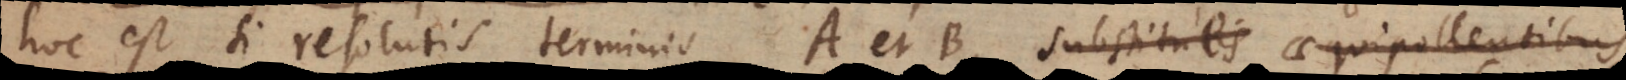
hoc est si resolutis terminis A et B substitutis aequipollentibus